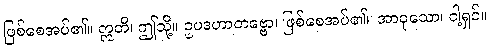
ဖြစ်စေအပ်၏။ ဣတိ၊ ဤသို့။ ဥပဒဟာတဗ္ဗော၊ ဖြစ်စေအပ်၏။ အာဝုသော၊ ငါ့ရှင်။